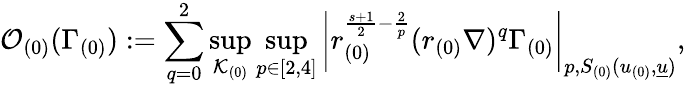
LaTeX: \mathcal{O}_{(0)}(\Gamma_{(0)}):=\sum_{q=0}^{2}\operatorname*{sup}_{\mathcal{K}_{(0)}}\operatorname*{sup}_{p\in[2,4]}\left|r_{(0)}^{\frac{s+1}{2}-\frac{2}{p}}(r_{(0)}\nabla)^{q}\Gamma_{(0)}\right|_{p,S_{(0)}(u_{(0)},{\underline{{u}}})},